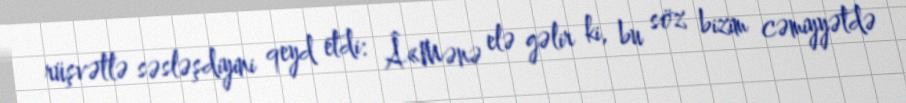
rüşvətlə səsləşdiyini qeyd etdi: Â«Mənə elə gəlir ki, bu söz bizim cəmiyyətdə